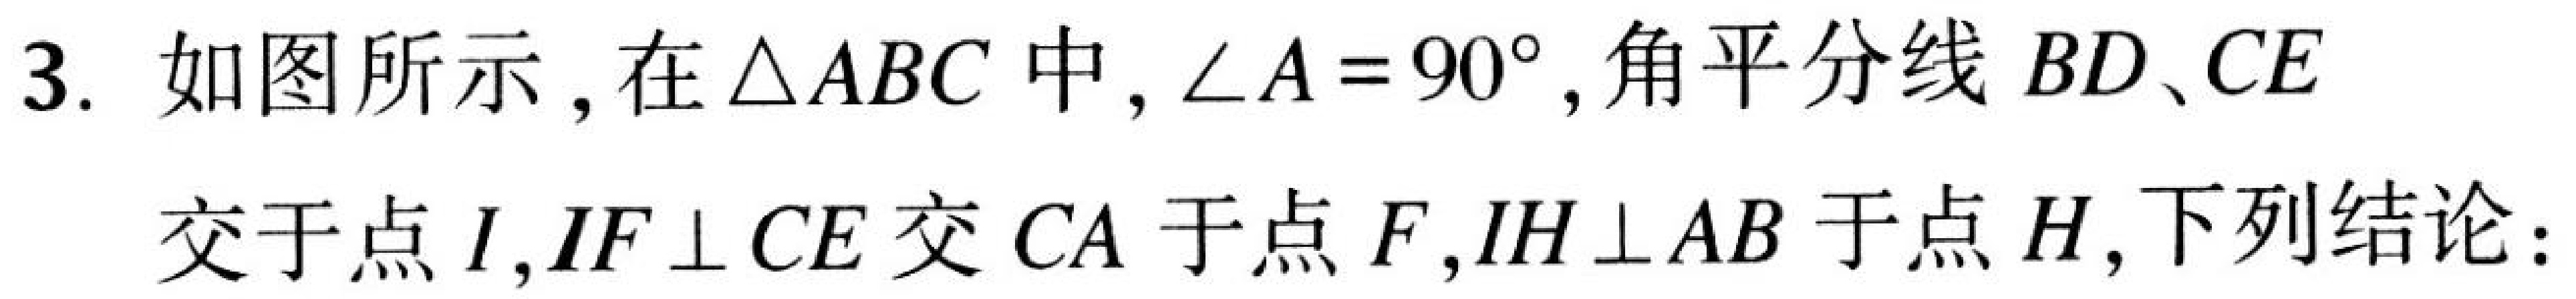
3. 如图所示，在$\triangle ABC$中，$\angle A = 90^{\circ}$，角平分线$BD、CE$
交于点$I$，$IF\perp CE$交$CA$于点$F$，$IH\perp AB$于点$H$，下列结论：